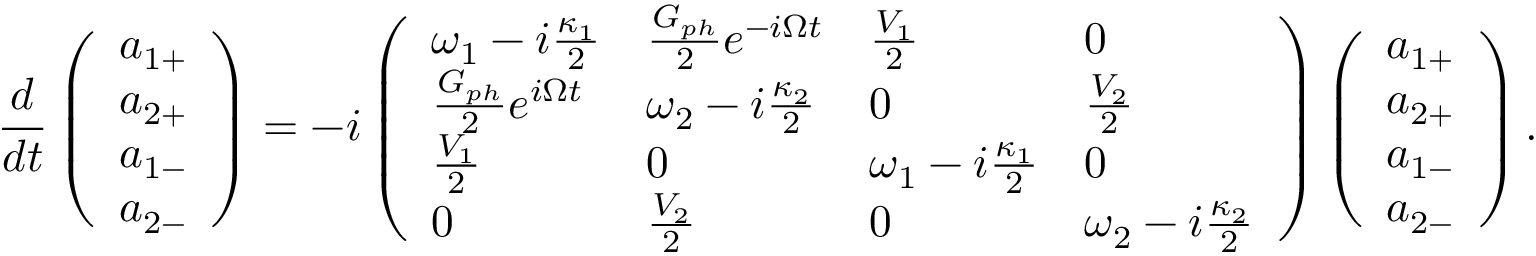
\frac { d } { d t } \left( \begin{array} { l } { a _ { 1 + } } \\ { a _ { 2 + } } \\ { a _ { 1 - } } \\ { a _ { 2 - } } \end{array} \right) = - i \left( \begin{array} { l l l l } { \omega _ { 1 } - i \frac { \kappa _ { 1 } } { 2 } } & { \frac { G _ { p h } } { 2 } e ^ { - i \Omega t } } & { \frac { V _ { 1 } } { 2 } } & { 0 } \\ { \frac { G _ { p h } } { 2 } e ^ { i \Omega t } } & { \omega _ { 2 } - i \frac { \kappa _ { 2 } } { 2 } } & { 0 } & { \frac { V _ { 2 } } { 2 } } \\ { \frac { V _ { 1 } } { 2 } } & { 0 } & { \omega _ { 1 } - i \frac { \kappa _ { 1 } } { 2 } } & { 0 } \\ { 0 } & { \frac { V _ { 2 } } { 2 } } & { 0 } & { \omega _ { 2 } - i \frac { \kappa _ { 2 } } { 2 } } \end{array} \right) \left( \begin{array} { l } { a _ { 1 + } } \\ { a _ { 2 + } } \\ { a _ { 1 - } } \\ { a _ { 2 - } } \end{array} \right) .